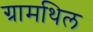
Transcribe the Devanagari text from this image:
ग्रामथिल